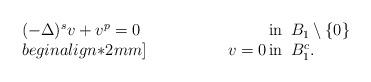
LaTeX: \begin{align*} \arraycolsep=1pt\left.\begin{array}{lll} (-\Delta)^s v+ v^p=0\ \ & {\rm in}\ \, B_1\setminus\{0\}\\begin{align*}2mm] \phantom{ (-\Delta)^s + u^p }\displaystyle v=0 & {\rm in}\ \, B_1^c.\end{array}\right.\end{align*}